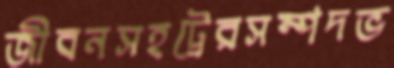
জীবনসহট্রেরসম্পদভ